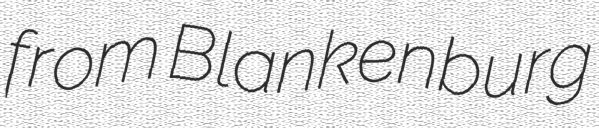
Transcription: from Blankenburg